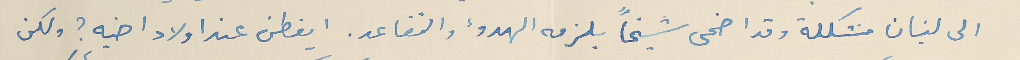
الى لبنان مشكلة وقد اضحى شيخاً يلزمه الهدوء والتقاعد. ايقطن عند اولاد اخيه؟ ولكن